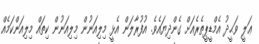
ޢަލީ ވަޙީދު އެމްޑީޕީތެރެއަށް ގެންދިޔައެވެ. އުފުރާލަން އެޅީ މިލިއަނުން މިލިއަނުން ކިތައް މިލިއަންކަމެއް